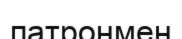
патронмен